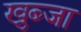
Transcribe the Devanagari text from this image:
खुब्जा